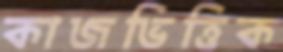
কাজভিত্তিক